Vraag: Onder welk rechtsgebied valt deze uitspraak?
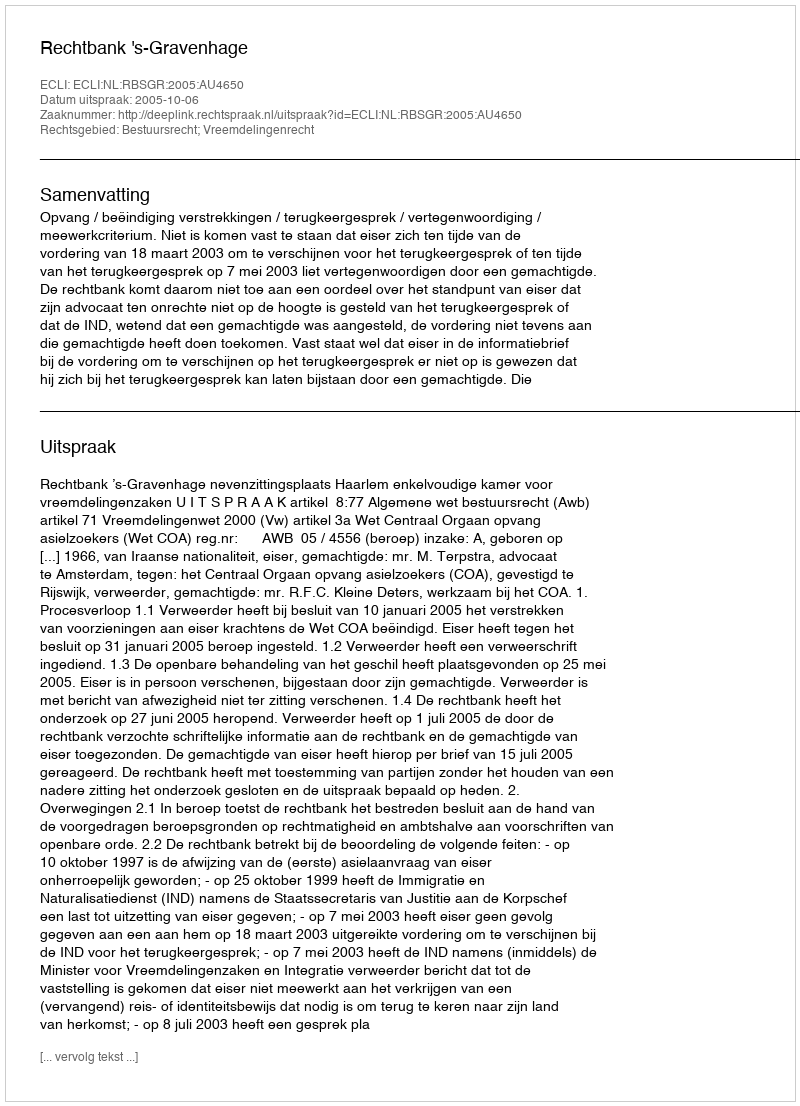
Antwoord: Bestuursrecht; Vreemdelingenrecht